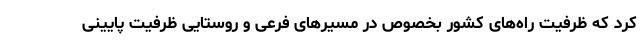
کرد که ظرفیت راه‌های کشور بخصوص در مسیرهای فرعی و روستایی ظرفیت پایینی